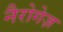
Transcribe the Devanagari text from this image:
नैरोगेज़